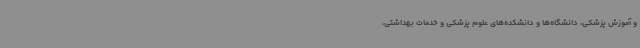
و آموزش پزشکی، دانشگاه‌ها و دانشکده‌های علوم پزشکی و خدمات بهداشتی،